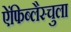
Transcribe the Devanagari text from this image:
ऐंफिब्लैस्चुला